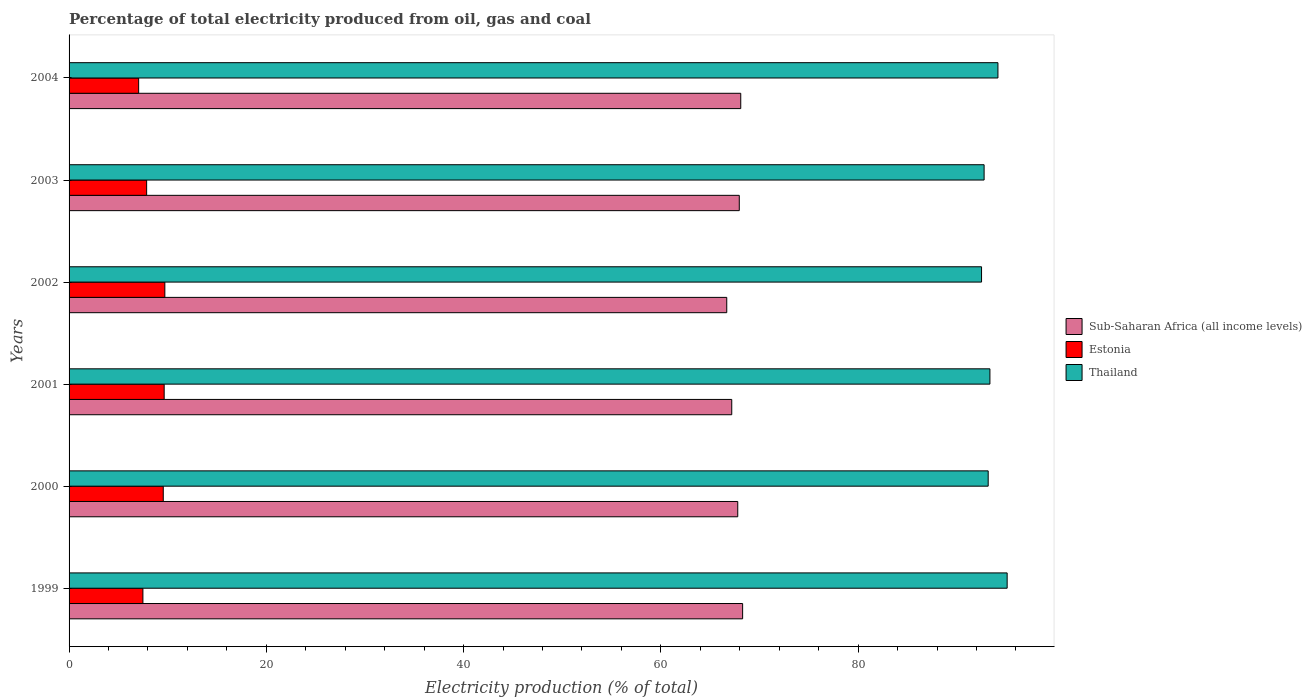
| Years | Sub-Saharan Africa (all income levels) | Estonia | Thailand |
 | --- | --- | --- | --- |
 | 1999 | 68.3 | 7.49 | 95.1 |
 | 2000 | 67.8 | 9.55 | 93.2 |
 | 2001 | 67.2 | 9.64 | 93.4 |
 | 2002 | 66.7 | 9.71 | 92.5 |
 | 2003 | 68 | 7.86 | 92.8 |
 | 2004 | 68.1 | 7.06 | 94.2 |